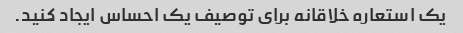
یک استعاره خلاقانه برای توصیف یک احساس ایجاد کنید.